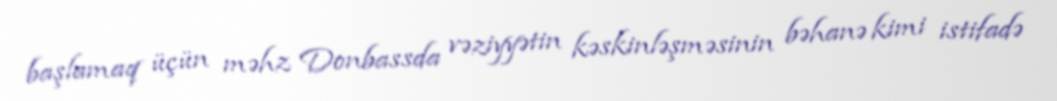
başlamaq üçün məhz Donbassda vəziyyətin kəskinləşməsinin bəhanə kimi istifadə